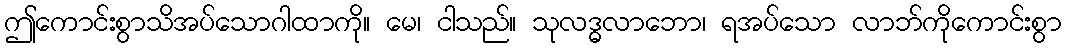
ဤကောင်းစွာသိအပ်သောဂါထာကို။ မေ၊ ငါသည်။ သုလဒ္ဓလာဘော၊ ရအပ်သော လာဘ်ကိုကောင်းစွာ